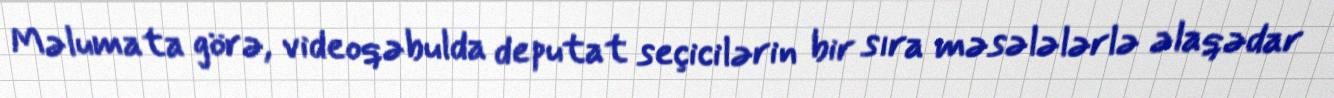
Məlumata görə, videoqəbulda deputat seçicilərin bir sıra məsələlərlə əlaqədar